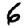
Digit: 6